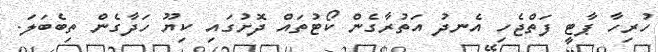
ހުރިހާ ޕާޓީ ފަތްޖެހި އެނދު އަތުރާގެން ކޯޓުތައް ދޮށުގައި ކިޔޫ ހަދާގެން ތިބެބަލަ.